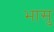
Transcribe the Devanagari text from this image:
भासु